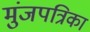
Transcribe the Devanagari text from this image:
मुंजपत्रिका